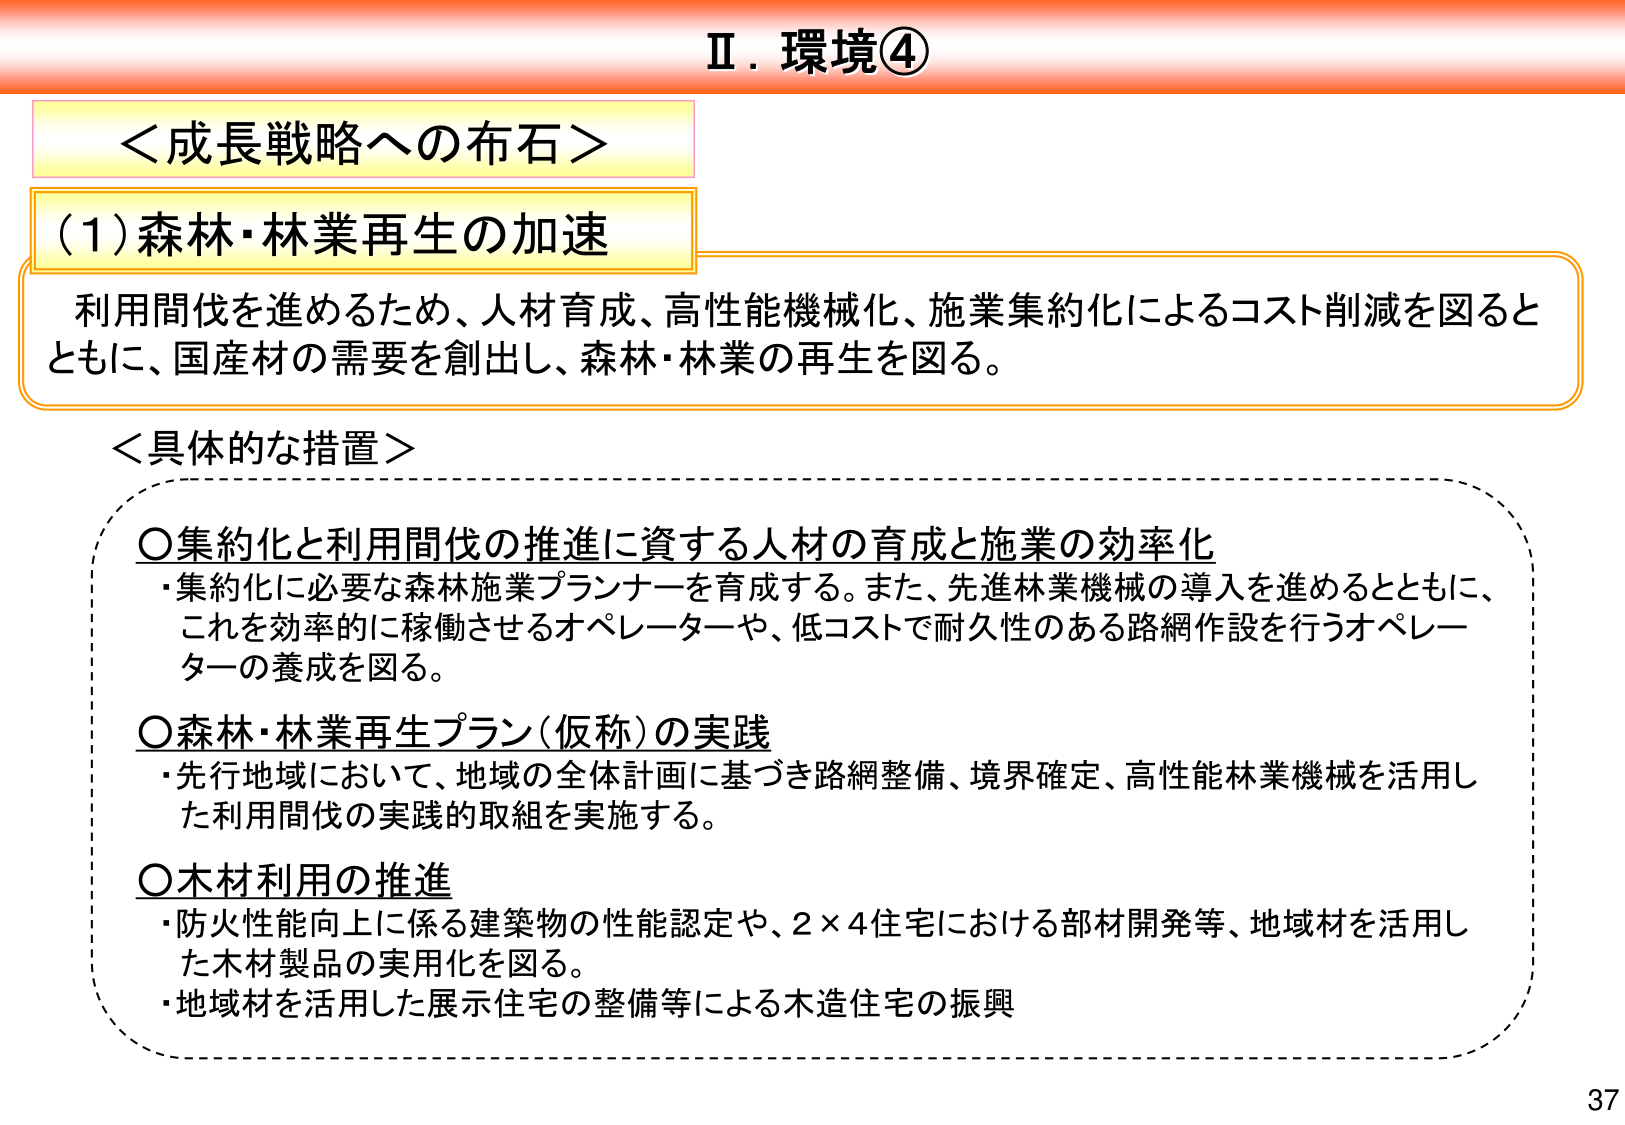
Ⅱ．環境④

＜成長戦略への布石＞

（1）森林・林業再生の加速

利用間伐を進めるため、人材育成、高性能機械化、施業集約化によるコスト削減を図るとともに、国産材の需要を創出し、森林・林業の再生を図る。

＜具体的な措置＞

○集約化と利用間伐の推進に資する人材の育成と施業の効率化
・集約化に必要な森林施業プランナーを育成する。また、先進林業機械の導入を進めるとともに、これを効率的に稼働させるオペレーターや、低コストで耐久性のある路網作設を行うオペレーターの養成を図る。

○森林・林業再生プラン（仮称）の実践
・先行地域において、地域の全体計画に基づき路網整備、境界確定、高性能林業機械を活用した利用間伐の実践的取組を実施する。

○木材利用の推進
・防火性能向上に係る建築物の性能認定や、2×4住宅における部材開発等、地域材を活用した木材製品の実用化を図る。
・地域材を活用した展示住宅の整備等による木造住宅の振興

37